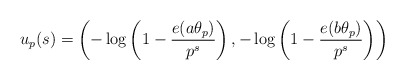
\begin{align*}u_p(s) = \left(-\log\left(1-\frac{e(a\theta_p)}{p^s}\right),-\log\left(1-\frac{e(b\theta_p)}{p^s}\right)\right)\end{align*}